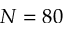
N = 8 0